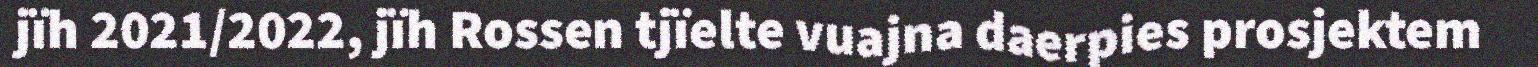
jïh 2021/2022, jïh Rossen tjïelte vuajna daerpies prosjektem